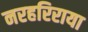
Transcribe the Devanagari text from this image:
नरहरिराया